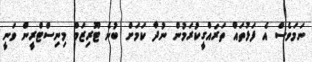
ނަމަވެސް އެ ފަޅުތައް ތަރައްގީކުރަމުން ނުދާ ކަމަށް ބުނެ ޓޫރިޒަމް މިނިސްޓްރީން ވަނީ